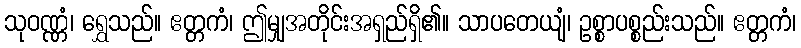
သုဝဏ္ဏံ၊ ရွှေသည်။ ဧတ္တကံ၊ ဤမျှအတိုင်းအရှည်ရှိ၏။ သာပတေယျံ၊ ဥစ္စာပစ္စည်းသည်။ ဧတ္တကံ၊